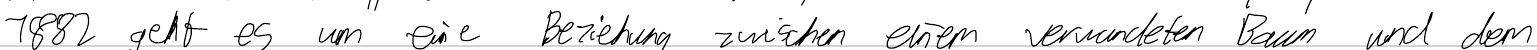
1882 geht es um eine Beziehung zwischen einem verwundeten Baum und dem